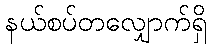
နယ်စပ်တလျှောက်ရှိ